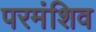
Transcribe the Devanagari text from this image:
परमंशिव